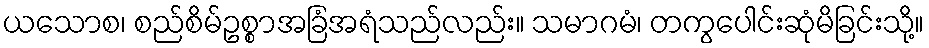
ယသောစ၊ စည်စိမ်ဥစ္စာအခြံအရံသည်လည်း။ သမာဂမံ၊ တကွပေါင်းဆုံမိခြင်းသို့။